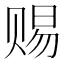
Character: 赐